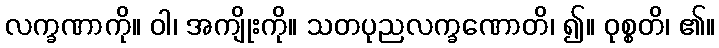
လက္ခဏာကို။ ဝါ၊ အကျိုးကို။ သတပုညလက္ခဏောတိ၊ ၍။ ဝုစ္စတိ၊ ၏။